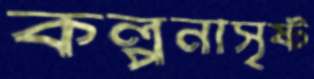
কল্পনাসৃষ্ট